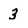
Character: 3